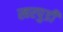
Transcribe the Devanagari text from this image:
खरपुडी